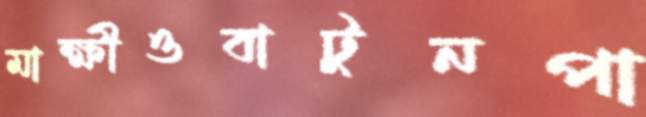
মাক্ষীওবাটুনপা